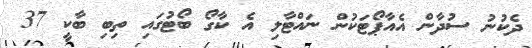
ދެކުނު ސުދާން އެއާޕޯޓަކުން ނައްޓާލި އެ ކާގޯ ބޯޓުގައި ތިބި ބާކީ 37